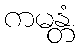
ကမန္တံ